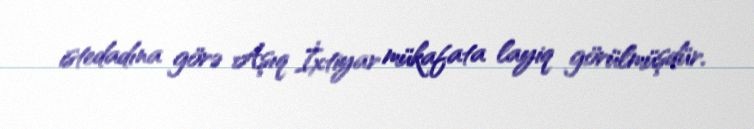
istedadına görə Aşıq İxtiyar mükafata layiq görülmüşdür.